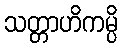
သတ္တာဟိကမ္ပိ